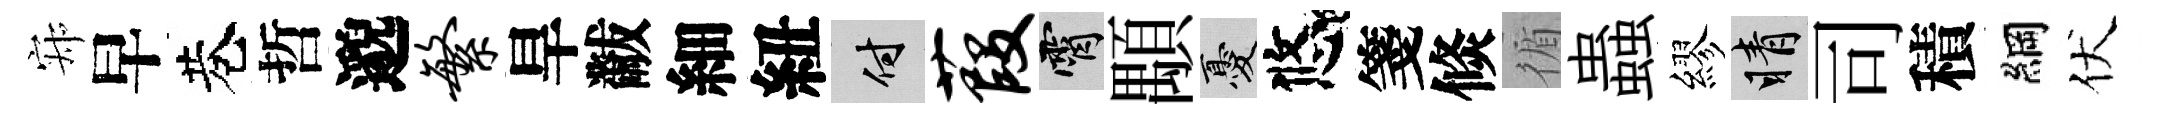
寂早巷哲邈繁旱黻細紐付葭霄顒憂悠箋倐循蟲繆睛司積綱伏